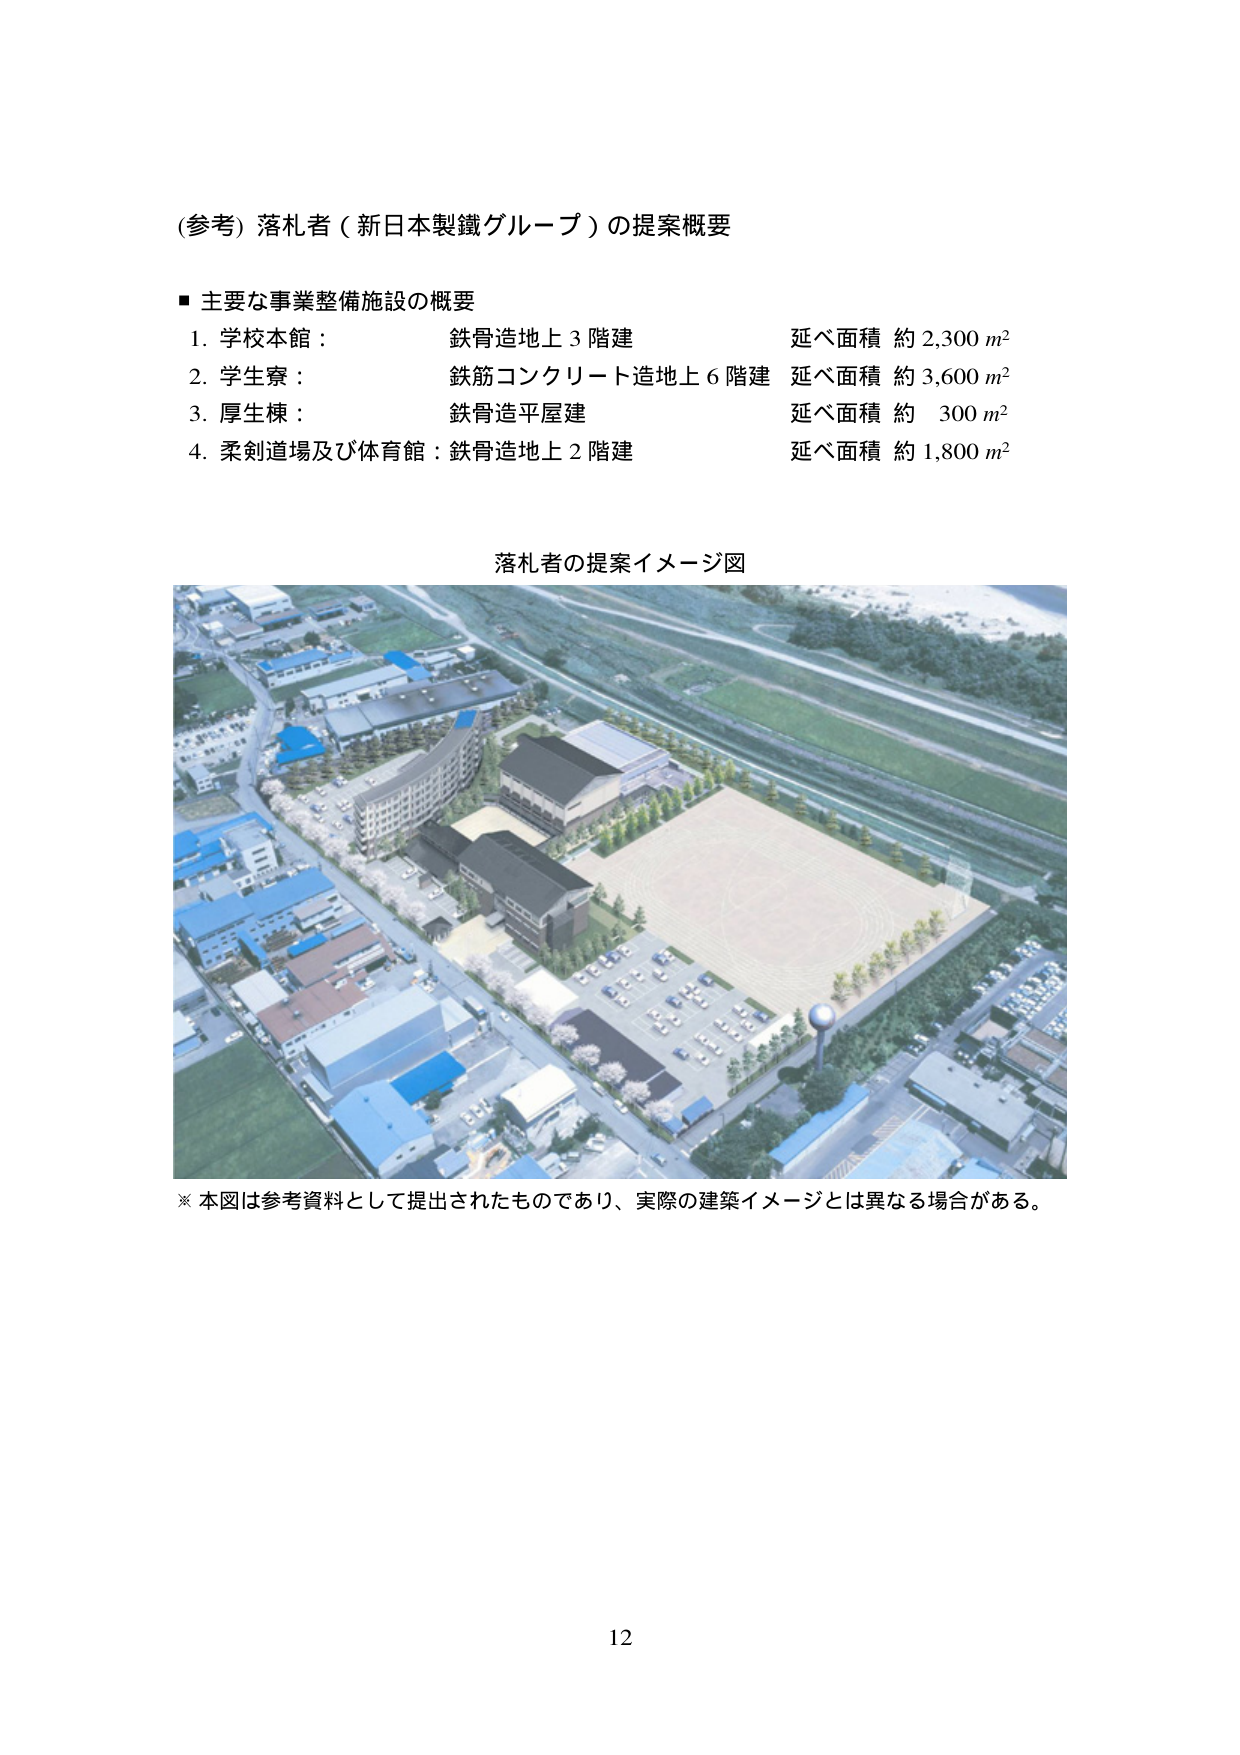
(参考) 落札者（新日本製鐵グループ）の提案概要

■ 主要な事業整備施設の概要
1. 学校本館： 鉄骨造地上3階建 延べ面積 約2,300 m²
2. 学生寮： 鉄筋コンクリート造地上6階建 延べ面積 約3,600 m²
3. 厚生棟： 鉄骨造平屋建 延べ面積 約300 m²
4. 柔剣道場及び体育館：鉄骨造地上2階建 延べ面積 約1,800 m²

落札者の提案イメージ図

※ 本図は参考資料として提出されたものであり、実際の建築イメージとは異なる場合がある。

12